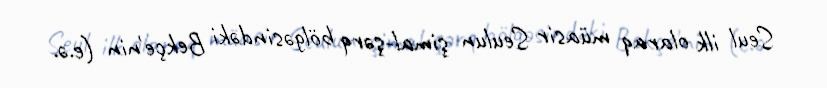
Seul ilk olaraq müasir Seulun şimal-şərq bölgəsindəki Bekçe'nin (e.ə.